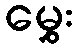
မွှေး